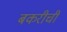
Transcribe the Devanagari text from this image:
बकरीची